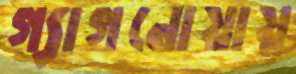
গ্যাগনোয়ায়